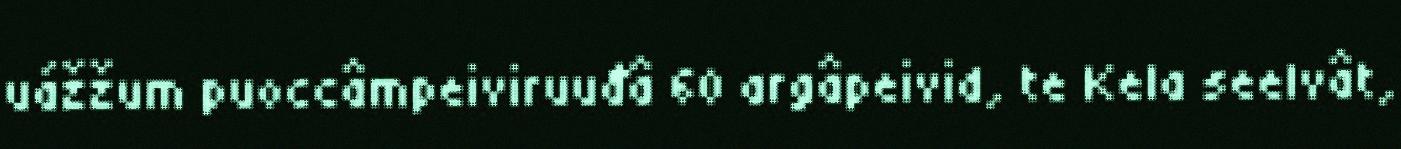
uážžum puoccâmpeiviruuđâ 60 argâpeivid, te Kela seelvât,